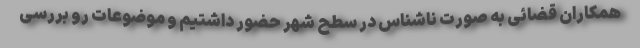
همکاران قضائی به صورت ناشناس در سطح شهر حضور داشتیم و موضوعات رو بررسی